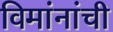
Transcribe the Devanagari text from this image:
विमांनांची